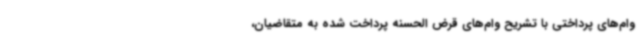
وام‌های پرداختی با تشریح وام‌های قرض الحسنه پرداخت شده به متقاضیان،